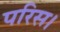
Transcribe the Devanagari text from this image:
परिस।